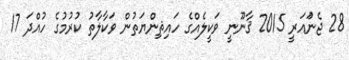
28 ޖެނުައަރީ 2015 ޤާނޫނީ ވަކީލެއްގެ ހައިޘިންޔަތުން ވަކާލާތު ކުރުމުގެ ހުއްދަ 17